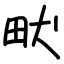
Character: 畎